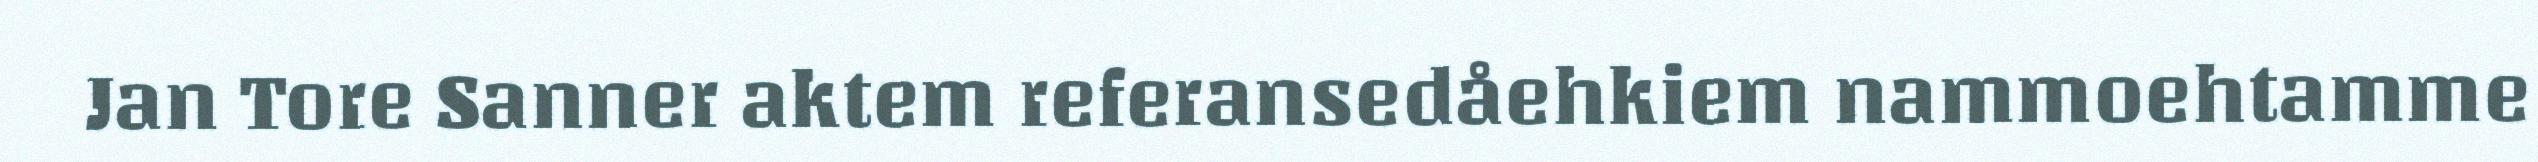
Jan Tore Sanner aktem referansedåehkiem nammoehtamme